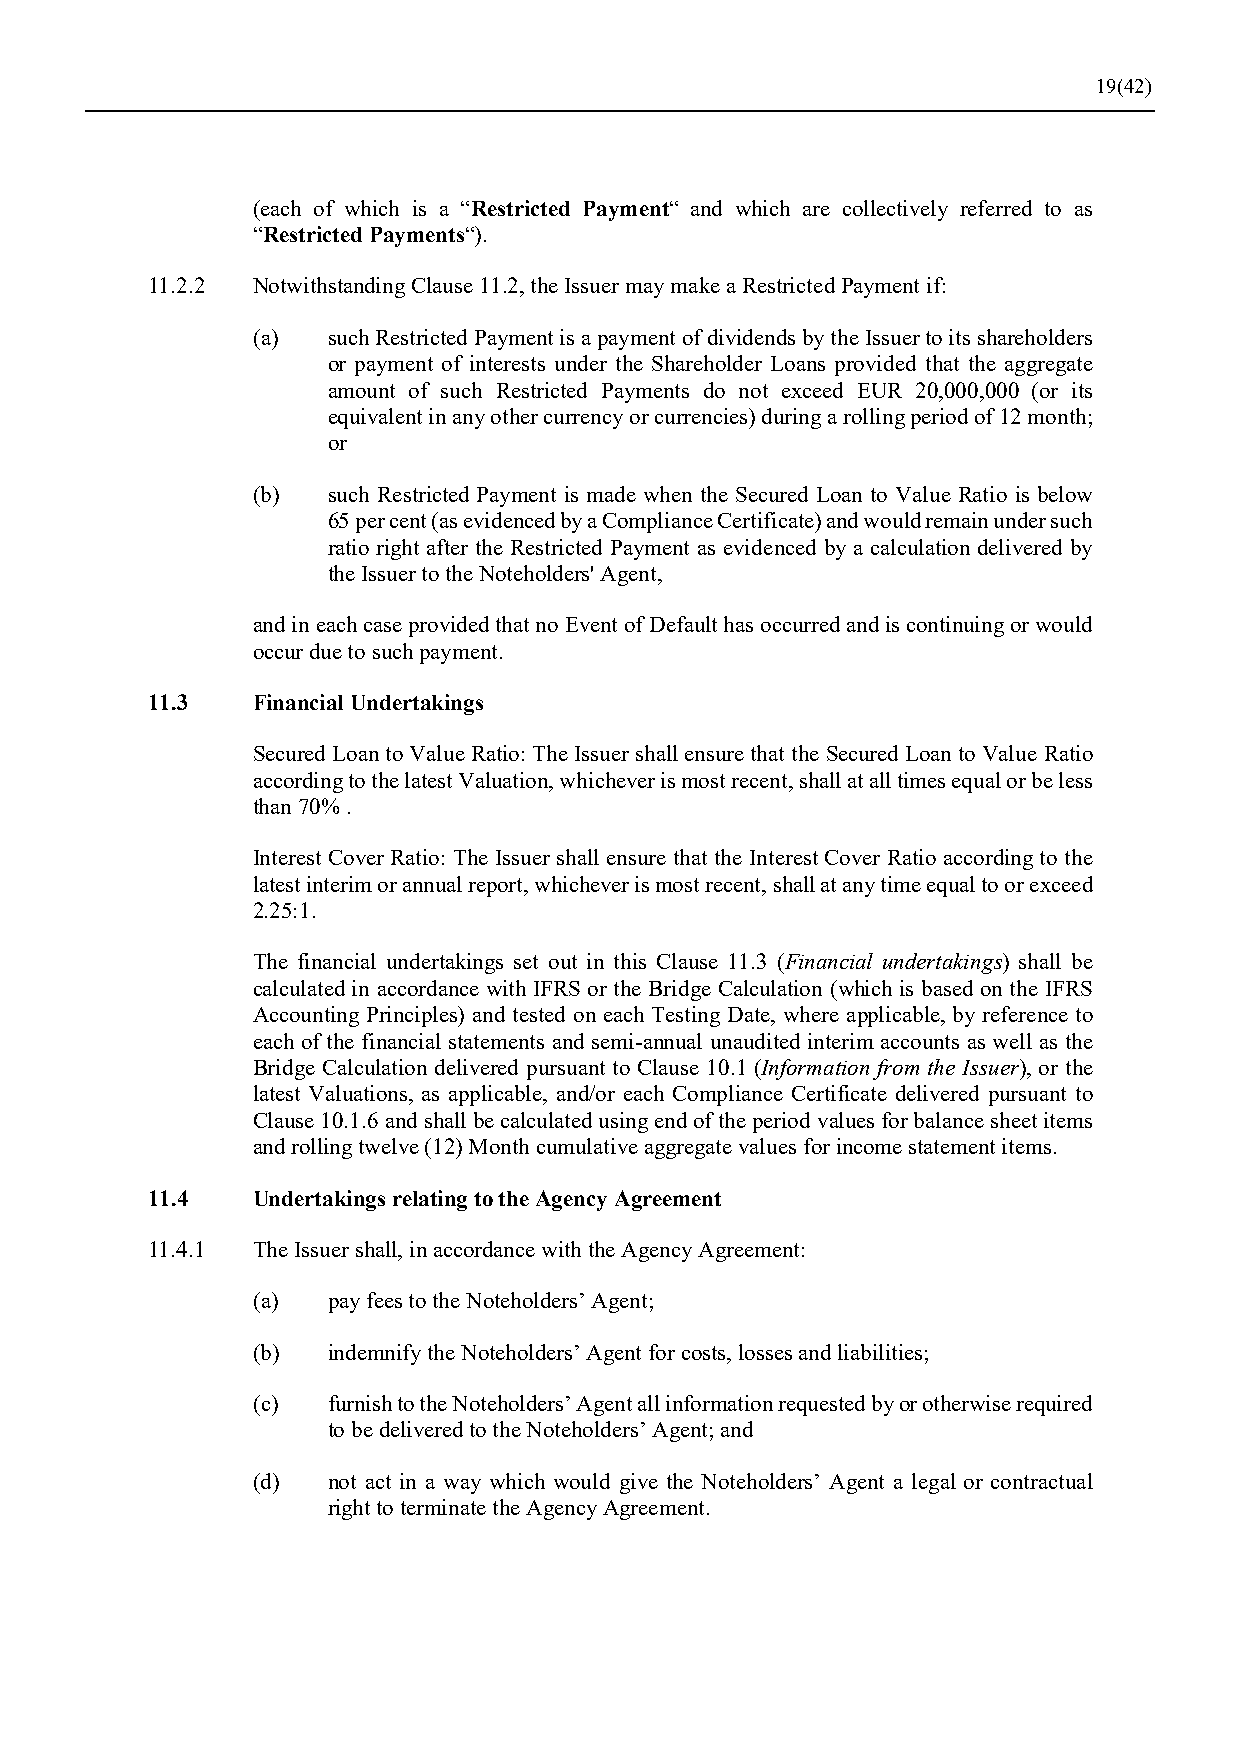
19(42)
 (each of which is a “Restricted Payment“ and which are collectively referred to as
 “Restricted Payments“).
 11.2.2 Notwithstanding Clause 11.2, the Issuer may make a Restricted Payment if:
 (a)  such Restricted Payment is a payment of dividends by the Issuer to its shareholders
 or payment of interests under the Shareholder Loans provided that the aggregate
 amount of such Restricted Payments do not exceed EUR 20,000,000 (or its
 equivalent in any other currency or currencies) during a rolling period of 12 month;
 or
 (b)  such Restricted Payment is made when the Secured Loan to Value Ratio is below
 65 per cent (as evidenced by a Compliance Certificate) and would remain under such
 ratio right after the Restricted Payment as evidenced by a calculation delivered by
 the Issuer to the Noteholders' Agent,
 and in each case provided that no Event of Default has occurred and is continuing or would
 occur due to such payment.
 11.3   Financial Undertakings
 Secured Loan to Value Ratio: The Issuer shall ensure that the Secured Loan to Value Ratio
 according to the latest Valuation, whichever is most recent, shall at all times equal or be less
 than 70% .
 Interest Cover Ratio: The Issuer shall ensure that the Interest Cover Ratio according to the
 latest interim or annual report, whichever is most recent, shall at any time equal to or exceed
 2.25:1.
 The financial undertakings set out in this Clause 11.3 (Financial undertakings) shall be
 calculated in accordance with IFRS or the Bridge Calculation (which is based on the IFRS
 Accounting Principles) and tested on each Testing Date, where applicable, by reference to
 each of the financial statements and semi-annual unaudited interim accounts as well as the
 Bridge Calculation delivered pursuant to Clause 10.1 (Information from the Issuer), or the
 latest Valuations, as applicable, and/or each Compliance Certificate delivered pursuant to
 Clause 10.1.6 and shall be calculated using end of the period values for balance sheet items
 and rolling twelve (12) Month cumulative aggregate values for income statement items.
 11.4   Undertakings relating to the Agency Agreement
 11.4.1 The Issuer shall, in accordance with the Agency Agreement:
 (a)  pay fees to the Noteholders’ Agent;
 (b)  indemnify the Noteholders’ Agent for costs, losses and liabilities;
 (c)  furnish to the Noteholders’ Agent all information requested by or otherwise required
 to be delivered to the Noteholders’ Agent; and
 (d)  not act in a way which would give the Noteholders’ Agent a legal or contractual
 right to terminate the Agency Agreement.